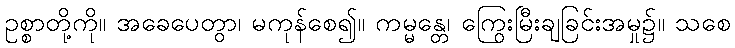
ဥစ္စာတို့ကို။ အခေပေတွာ၊ မကုန်စေ၍။ ကမ္မန္တေ၊ ကြွေးမြီးချခြင်းအမှု၌။ သစေ